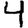
Digit: 4